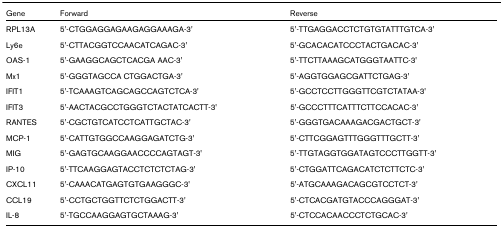
| Gene | Forward | Reverse |
 | --- | --- | --- |
 | RPL13A | 5'-CTGGAGGAGAAGAGGAAAGA-3' | 5'-TTGAGGACCTCTGTGTATTTGTCA-3' |
 | Ly6e | 5'-CTTACGGTCCAACATCAGAC-3' | 5'-GCACACATCCCTACTGACAC-3' |
 | OAS-1 | 5'-GAAGGCAGCTCACGA AAC-3' | 5'-TTCTTAAAGCATGGGTAATTC-3' |
 | Mx1 | 5'-GGGTAGCCA CTGGACTGA-3' | 5'-AGGTGGAGCGATTCTGAG-3' |
 | IFIT1 | 5'-TCAAAGTCAGCAGCCAGTCTCA-3' | 5'-GCCTCCTTGGGTTCGTCTATAA-3' |
 | IFIT3 | 5'-AACTACGCCTGGGTCTACTATCACTT-3' | 5'-GCCCTTTCATTTCTTCCACAC-3' |
 | RANTES | 5'-CGCTGTCATCCTCATTGCTAC-3' | 5'-GGGTGACAAAGACGACTGCT-3' |
 | MCP-1 | 5'-CATTGTGGCCAAGGAGATCTG-3' | 5'-CTTCGGAGTTTGGGTTTGCTT-3' |
 | MIG | 5'-GAGTGCAAGGAACCCCAGTAGT-3' | 5'-TTGTAGGTGGATAGTCCCTTGGTT-3' |
 | IP-10 | 5'-TTCAAGGAGTACCTCTCTCTAG-3' | 5'-CTGGATTCAGACATCTCTTCTC-3' |
 | CXCL11 | 5'-CAAACATGAGTGTGAAGGGC-3' | 5'-ATGCAAAGACAGCGTCCTCT-3' |
 | CCL19 | 5'-CCTGCTGGTTCTCTGGACTT-3' | 5'-CTCACGATGTACCCAGGGAT-3' |
 | IL-8 | 5'-TGCCAAGGAGTGCTAAAG-3' | 5'-CTCCACAACCCTCTGCAC-3' |